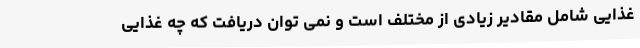
غذایی شامل مقادیر زیادی از مختلف است و نمی توان دریافت که چه غذایی